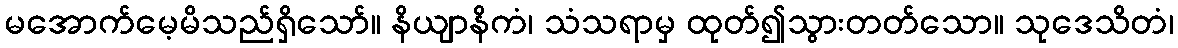
မအောက်မေ့မိသည်ရှိသော်။ နိယျာနိကံ၊ သံသရာမှ ထုတ်၍သွားတတ်သော။ သုဒေသိတံ၊